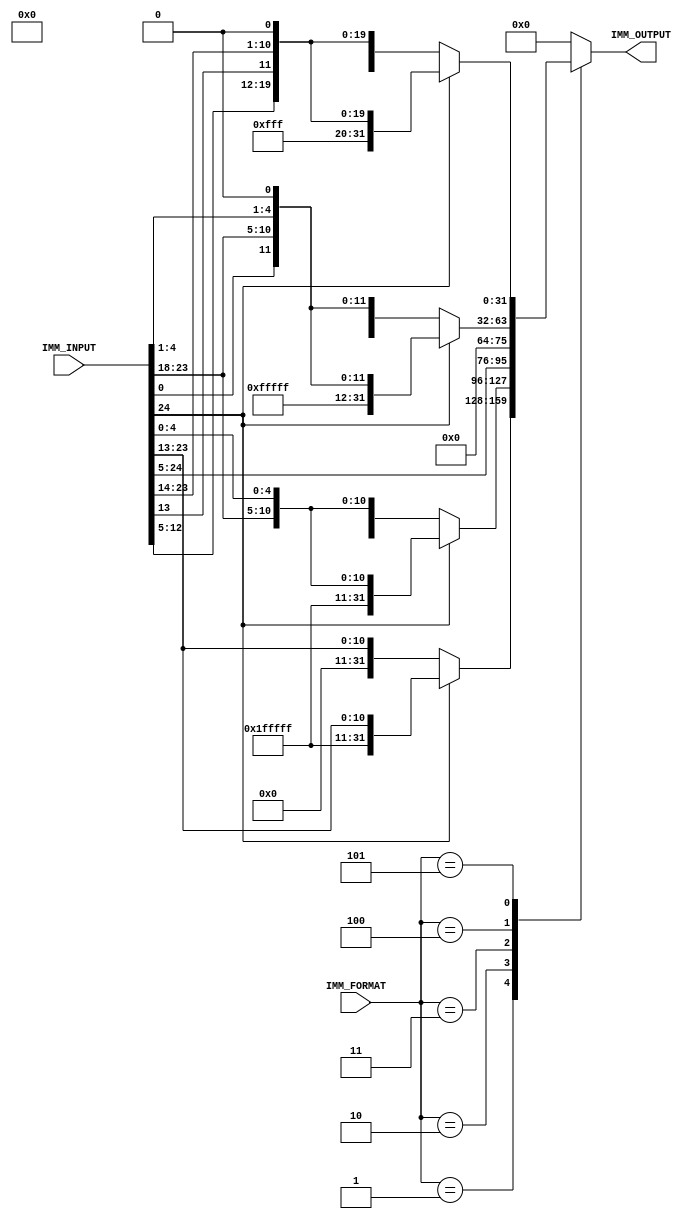
module IMM_EXTENDER #(
        parameter   IMM_MAX_IN_WIDTH        = 25                ,
        parameter   DATA_WIDTH              = 32                ,
        parameter   IMM_FORMAT_SELECT       = 3                 ,
    
        parameter   R_FORMAT                = 3'b000            ,
        parameter   I_FORMAT                = 3'b001            ,
        parameter   S_FORMAT                = 3'b010            ,
        parameter   U_FORMAT                = 3'b011            ,
        parameter   SB_FORMAT               = 3'b100            ,
        parameter   UJ_FORMAT               = 3'b101 
    ) (
        input   [IMM_MAX_IN_WIDTH - 1   : 0]    IMM_INPUT       ,
        input   [IMM_FORMAT_SELECT - 1  : 0]    IMM_FORMAT      ,
        output  [DATA_WIDTH - 1         : 0]    IMM_OUTPUT  
    );
    
    reg     [DATA_WIDTH - 1     : 0]    imm_output_reg          ;
    
    always@(*)
    begin
        case(IMM_FORMAT)
            R_FORMAT:
            begin
                imm_output_reg = 32'b0;
            end
            I_FORMAT:
            begin 
                if(IMM_INPUT[24] == 1'b1)
                    imm_output_reg = {20'b11111111111111111111,IMM_INPUT[24:13]};
                else
                    imm_output_reg = {20'b0,IMM_INPUT[24:13]};
            end
            S_FORMAT:
            begin 
                if(IMM_INPUT[24] == 1'b1)
                    imm_output_reg = {20'b11111111111111111111,IMM_INPUT[24:18],IMM_INPUT[4:0]};
                else
                    imm_output_reg = {20'b0,IMM_INPUT[24:18],IMM_INPUT[4:0]};
            end
            U_FORMAT:   
            begin    
                imm_output_reg = {IMM_INPUT[24:5],12'b0};
            end
            SB_FORMAT:                
            begin
                if(IMM_INPUT[24] == 1'b1)
                    imm_output_reg = {20'b11111111111111111111,IMM_INPUT[0],IMM_INPUT[23:18],IMM_INPUT[4:1],1'b0};
                else
                    imm_output_reg = {20'b0,IMM_INPUT[0],IMM_INPUT[23:18],IMM_INPUT[4:1],1'b0};
            end
            UJ_FORMAT:            
            begin
                if(IMM_INPUT[24] == 1'b1)
                    imm_output_reg = {12'b111111111111,IMM_INPUT[12:5],IMM_INPUT[13],IMM_INPUT[23:18],IMM_INPUT[17:14],1'b0};
                else
                    imm_output_reg = {12'b0,IMM_INPUT[12:5],IMM_INPUT[13],IMM_INPUT[23:18],IMM_INPUT[17:14],1'b0};
            end
            default:
            begin
                imm_output_reg = 32'b0;
            end
        endcase
    end
    
    assign IMM_OUTPUT = imm_output_reg;
    
endmodule